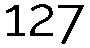
127